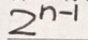
2 ^ { n - 1 }